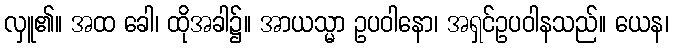
လှူ၏။ အထ ခေါ၊ ထိုအခါ၌။ အာယသ္မာ ဥပဝါနော၊ အရှင်ဥပဝါနသည်။ ယေန၊